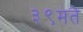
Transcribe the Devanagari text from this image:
३९मते